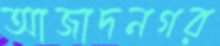
আজাদনগর